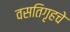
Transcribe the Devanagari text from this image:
वसतिगृहचे